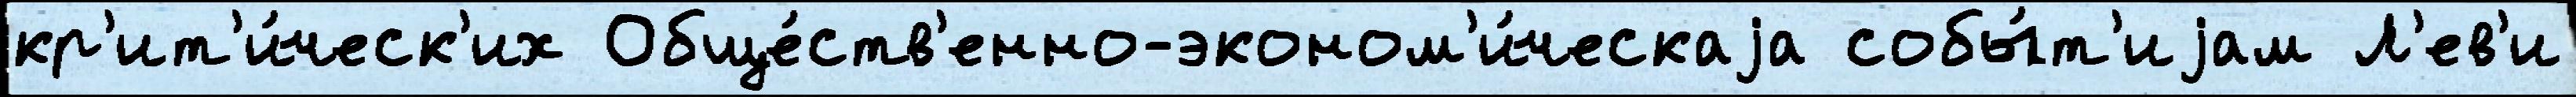
кр'ит'и́ческ'их Обще́ств'енно-эконом'и́ческаjа собы́т'иjам Л'ев'и